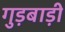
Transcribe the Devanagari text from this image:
गुड़बाड़ी